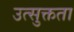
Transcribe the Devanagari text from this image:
उत्सुक्तता